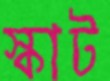
স্কাট